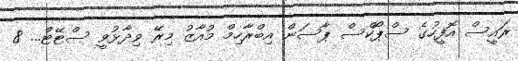
ރައީސް އޮފީހުގެ ސްޕޯކްސް ޕާސަން އިބްރާހިމް މުއާޒު މިރޭ ވިދާޅުވީ ސްޓޭޓް... 8